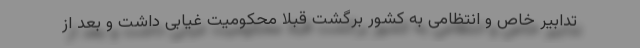
تدابیر خاص و انتظامی به کشور برگشت قبلا محکومیت غیابی داشت و بعد از